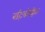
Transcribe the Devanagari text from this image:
बहिःकोष्ठिक